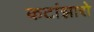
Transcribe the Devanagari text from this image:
कटांझारो